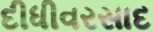
દીધીવરસાદ